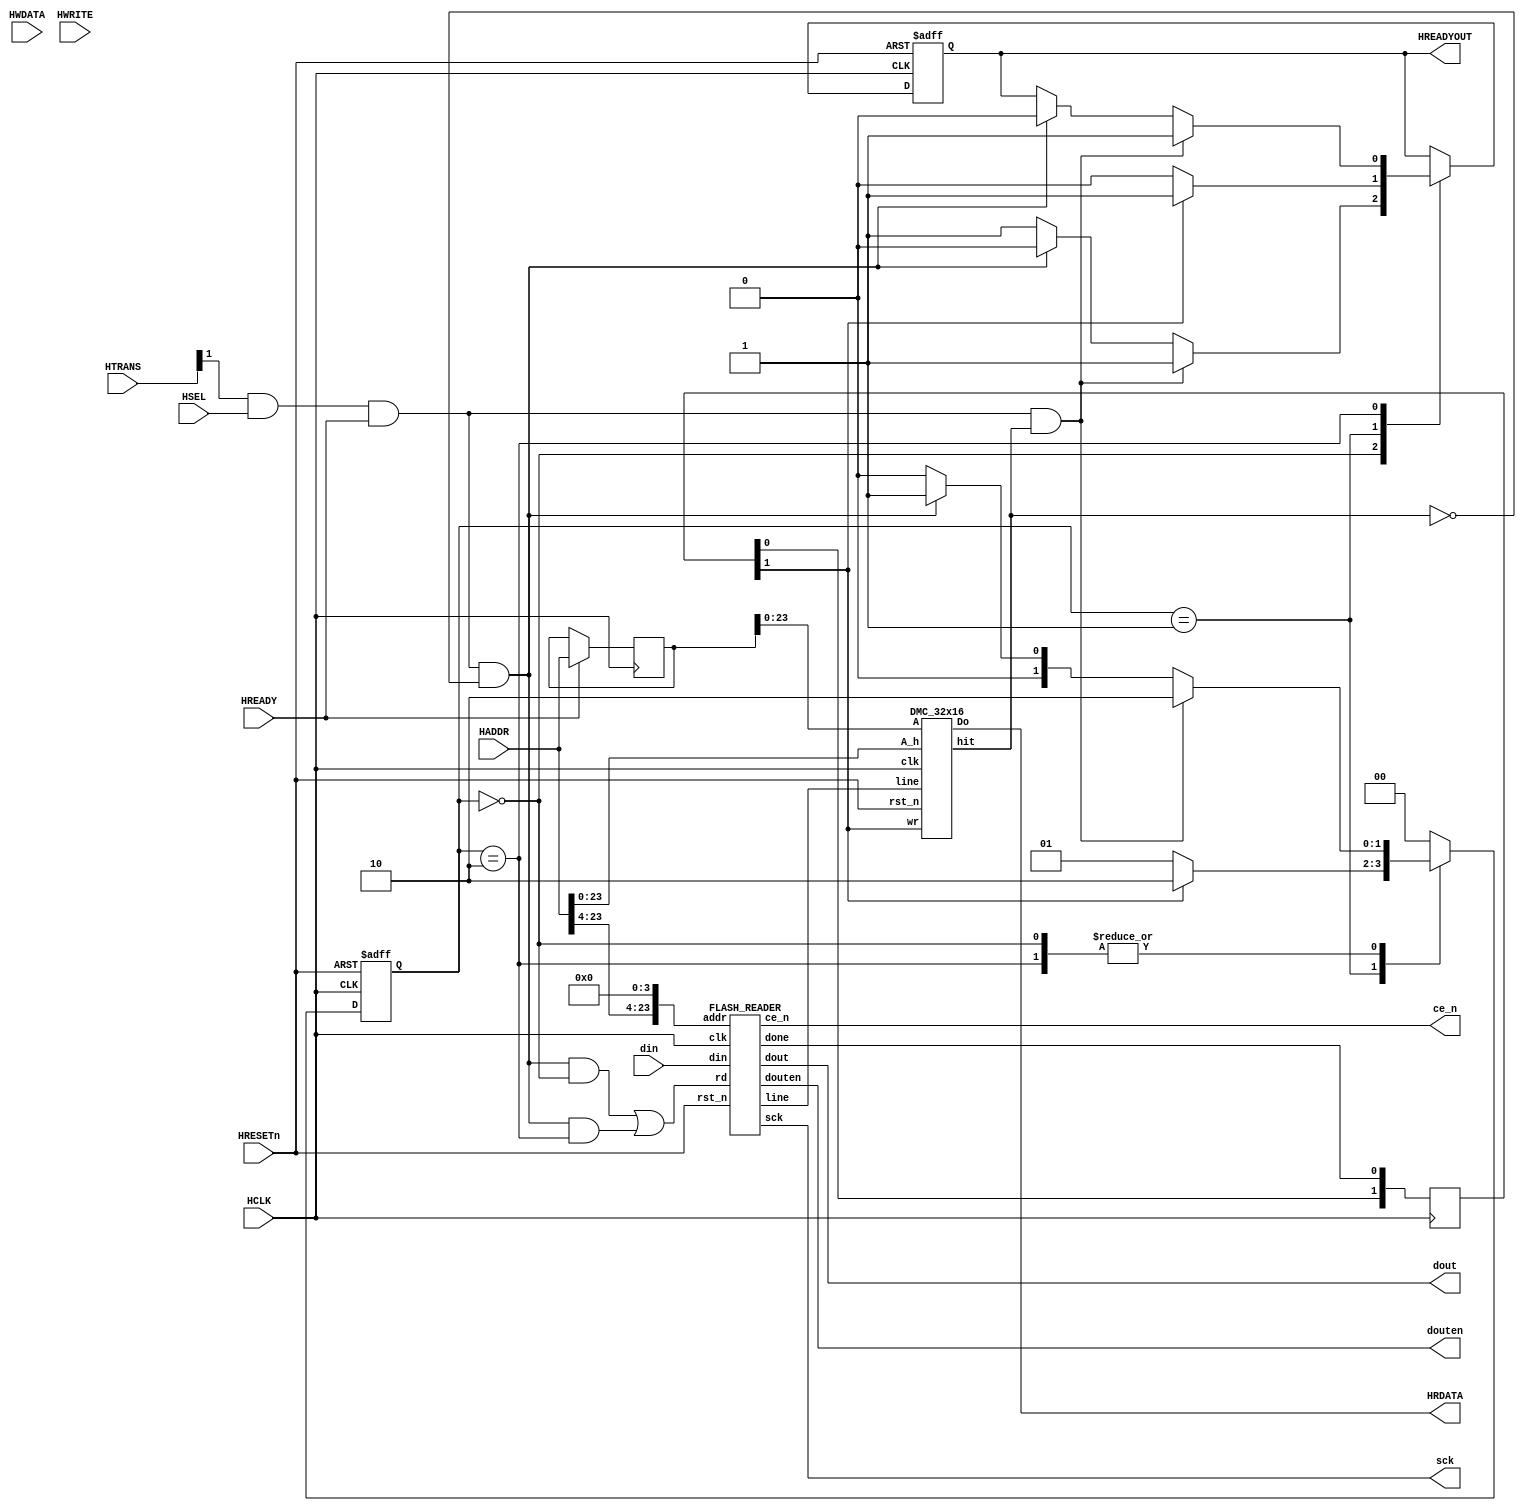
`timescale 1ns/1ps

//`define HC_CACHE

/*
    AHB-Lite Quad I/O XIP flash controller with 32x16 DM $
    Designed for embedded SoCs that use external QSPI flash as a program emmory
*/
/*
    Mohamed Shalan (mshalan@aucegypt.edu)
*/

    module QSPI_XIP_CTRL_DMC(
        // AHB-Lite Slave Interface
        input               HCLK,
        input               HRESETn,
        input               HSEL,
        input wire [31:0]   HADDR,
        input wire [1:0]    HTRANS,
        input wire [31:0]   HWDATA,
        input wire          HWRITE,
        input wire          HREADY,
        output reg         HREADYOUT,
        output wire [31:0]  HRDATA,

        // External Interface to Quad I/O
        output              sck,
        output              ce_n,
        input   wire[3:0]   din,
        output      [3:0]   dout,
        output  wire        douten     
    );

    // Cache wires/buses
    wire [31:0]     c_datao;
    wire [127:0]    c_line;
    wire            c_hit;
    reg [1:0]       c_wr;
    wire [23:0]     c_A;

    // Flash Reader wires
    wire            fr_rd;
    wire            fr_done;

    // The State Machine
    localparam [1:0] st_idle    = 2'b00;
    localparam [1:0] st_wait    = 2'b01;
    localparam [1:0] st_rw      = 2'b10;
    reg [1:0]   state, nstate;

    //AHB-Lite Address Phase Regs
    reg             last_HSEL;
    reg [31:0]      last_HADDR;
    reg             last_HWRITE;
    reg [1:0]       last_HTRANS;

    always@ (posedge HCLK) begin
        if(HREADY) begin
            last_HSEL       <= HSEL;
            last_HADDR      <= HADDR;
            last_HWRITE     <= HWRITE;
            last_HTRANS     <= HTRANS;
        end
    end

    always @ (posedge HCLK or negedge HRESETn)
        if(HRESETn == 0) state <= st_idle;
        else 
            state <= nstate;

    always @* begin
        nstate = st_idle;
        case(state)
            st_idle :   if(HTRANS[1] & HSEL & HREADY & c_hit) nstate = st_rw;
                        else if(HTRANS[1] & HSEL & HREADY & ~c_hit) nstate = st_wait;
            st_wait :   if(c_wr[1]) nstate = st_rw; 
                        else  nstate = st_wait;
            st_rw   :   //nstate = st_idle; 
                        if(HTRANS[1] & HSEL & HREADY & c_hit) nstate = st_rw;
                        else if(HTRANS[1] & HSEL & HREADY & ~c_hit) nstate = st_wait;
        endcase
    end
    
    //assign HREADYOUT    = (state==st_rw);
    always @(posedge HCLK or negedge HRESETn)
        if(!HRESETn) HREADYOUT <= 1'b1;
        else
            case (state)
                st_idle :   if(HTRANS[1] & HSEL & HREADY & c_hit) HREADYOUT <= 1'b1;
                            else if(HTRANS[1] & HSEL & HREADY & ~c_hit) HREADYOUT <= 1'b0;
                            else HREADYOUT <= 1'b1;
                st_wait :   if(c_wr[1]) HREADYOUT <= 1'b1;
                            else HREADYOUT <= 1'b0;
                st_rw   :   if(HTRANS[1] & HSEL & HREADY & c_hit) HREADYOUT <= 1'b1;
                            else if(HTRANS[1] & HSEL & HREADY & ~c_hit) HREADYOUT <= 1'b0;
                            //else HREADYOUT <= 1'b1;
            endcase
        

    assign fr_rd        =   ( HTRANS[1] & HSEL & HREADY & ~c_hit & (state==st_idle) ) |
                            ( HTRANS[1] & HSEL & HREADY & ~c_hit & (state==st_rw) );

    assign c_A          = //((state==st_idle) || (state==st_wait)) ? HADDR[23:0] : 
                            last_HADDR[23:0];
`ifdef HC_CACHE
    DMC_32x16HC
`else
    DMC_32x16
`endif
                CACHE ( .clk(HCLK), .rst_n(HRESETn), 
                        .A(last_HADDR[23:0]), .A_h(HADDR[23:0]), .Do(c_datao), .hit(c_hit), 
                        .line(c_line), .wr(c_wr[1]) );
    
    FLASH_READER FR (   .clk(HCLK), .rst_n(HRESETn), 
                        .addr({HADDR[23:4], 4'd0}), .rd(fr_rd), .done(fr_done), .line(c_line),
                        .sck(sck), .ce_n(ce_n), .din(din), .dout(dout), .douten(douten) );

    assign HRDATA   = c_datao;
    //always @(posedge HCLK)
    //    HRDATA <= c_datao;

    //assign c_wr     = fr_done;
    always @ (posedge HCLK) begin
        c_wr[0] <= fr_done;
        c_wr[1] <= c_wr[0];
    end
  
endmodule

/*
    RTL Model for reading from Quad I/O flash using the QUAD I/O FAST READ (0xEB) command
    The Quad I/O bit has to be set in the flash memory (through flash programming); the 
    provided flash memory model has the bit set.

    Every transaction reads 128 bits (16 bytes) from the flash.
    To start a transaction, provide the memory address and assert rd for 1 clock cycle.
    done is a sserted for 1 clock cycle when the data is ready

*/

module FLASH_READER #(parameter LINE_SIZE=128)(
    input   wire                    clk,
    input   wire                    rst_n,
    input   wire [23:0]             addr,
    input   wire                    rd,
    output  wire                    done,
    output  wire [LINE_SIZE-1: 0]   line,      

    output  reg                     sck,
    output  reg                     ce_n,
    input   wire[3:0]               din,
    output      [3:0]               dout,
    output  wire                    douten
);

    localparam LINE_BYTES = LINE_SIZE/8;
    localparam LINE_CYCLES = LINE_BYTES * 8;

    parameter IDLE=1'b0, READ=1'b1;

    reg         state, nstate;
    reg [7:0]   counter;
    reg [23:0]  saddr;
    reg [7:0]   data [LINE_BYTES-1 : 0]; 

    reg         first;

    wire[7:0]   EBH     = 8'heb;
    
    // for debugging
    wire [7:0] data_0 = data[0];
    wire [7:0] data_1 = data[1];
    wire [7:0] data_15 = data[15];


    always @*
        case (state)
            IDLE: if(rd) nstate = READ; else nstate = IDLE;
            READ: if(done) nstate = IDLE; else nstate = READ;
        endcase 

    always @ (posedge clk or negedge rst_n)
        if(!rst_n) first = 1'b1;
        else if(first & done) first <= 0;

    
    always @ (posedge clk or negedge rst_n)
        if(!rst_n) state = IDLE;
        else state <= nstate;

    always @ (posedge clk or negedge rst_n)
        if(!rst_n) sck <= 1'b0;
        else if(~ce_n) sck <= ~ sck;
        else if(state == IDLE) sck <= 1'b0;

    always @ (posedge clk or negedge rst_n)
        if(!rst_n) ce_n <= 1'b1;
        else if(state == READ) ce_n <= 1'b0;
        else ce_n <= 1'b1;

    always @ (posedge clk or negedge rst_n)
        if(!rst_n) counter <= 8'b0;
        else if(sck & ~done) counter <= counter + 1'b1;
        else if(state == IDLE) 
            if(first) counter <= 8'b0;
            else counter <= 8'd8;

    always @ (posedge clk or negedge rst_n)
        if(!rst_n) saddr <= 24'b0;
        else if((state == IDLE) && rd) saddr <= addr;

    always @ (posedge clk)
        if(counter >= 20 && counter <= 19+LINE_BYTES*2)
            if(sck) data[counter/2 - 10] <= {data[counter/2 - 10][3:0], din}; // Optimize!

    //assign busy = (state == READ);

    assign dout     =   (counter < 8)   ? EBH[7 - counter] :
                        (counter == 8)  ? saddr[23:20] : 
                        (counter == 9)  ? saddr[19:16] :
                        (counter == 10)  ? saddr[15:12] :
                        (counter == 11)  ? saddr[11:8] :
                        (counter == 12)  ? saddr[7:4] :
                        (counter == 13)  ? saddr[3:0] :
                        (counter == 14)  ? 4'hA ://4'hA :
                        (counter == 15)  ? 4'h5/*5*/ : 4'h0;    
        
    assign douten   = (counter < 20);

    assign done     = (counter == 19+LINE_BYTES*2);


    generate
        genvar i; 
        for(i=0; i<LINE_BYTES; i=i+1)
            assign line[i*8+7: i*8] = data[i];
    endgenerate

endmodule



/*
    32 lines x 16 bytes Direct Mapped Cache
*/
`ifdef HC_CACHE
`include "../DMC_32x16HC.v"
`else
module DMC_32x16 (
    input wire          clk,
    input wire          rst_n,
    // 
    input wire  [23:0]  A,
    input wire  [23:0]  A_h,
    output wire [31:0]  Do,
    output wire         hit,
    //
    input wire [127:0]  line,
    input wire          wr
);

    //
    reg [127:0] LINES   [31:0];
    reg [14:0]  TAGS    [31:0];
    reg         VALID   [31:0];

    wire [3:0]  offset  = A[3:0];
    wire [4:0]  index   = A[8:4];
    wire [14:0] tag     = A[23:9];

    wire [4:0]  index_h   = A_h[8:4];
    wire [14:0] tag_h     = A_h[23:9];

    
    assign  hit =   VALID[index_h] & (TAGS[index_h] == tag_h);

    assign  Do  =   (offset[3:2] == 2'd0) ?  LINES[index][31:0] :
                    (offset[3:2] == 2'd1) ?  LINES[index][63:32] :
                    (offset[3:2] == 2'd2) ?  LINES[index][95:64] :
                    LINES[index][127:96];

    // clear the VALID flags
    integer i;
    always @ (posedge clk or negedge rst_n)
        if(!rst_n) 
            for(i=0; i<32; i=i+1)
                VALID[i] <= 1'b0;
        else  if(wr)  VALID[index]    <= 1'b1;

    always @(posedge clk)
        if(wr) begin
            LINES[index]    <= line;
            TAGS[index]     <= tag;
        end

endmodule
`endif